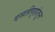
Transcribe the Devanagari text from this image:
वसतीगृहांतून